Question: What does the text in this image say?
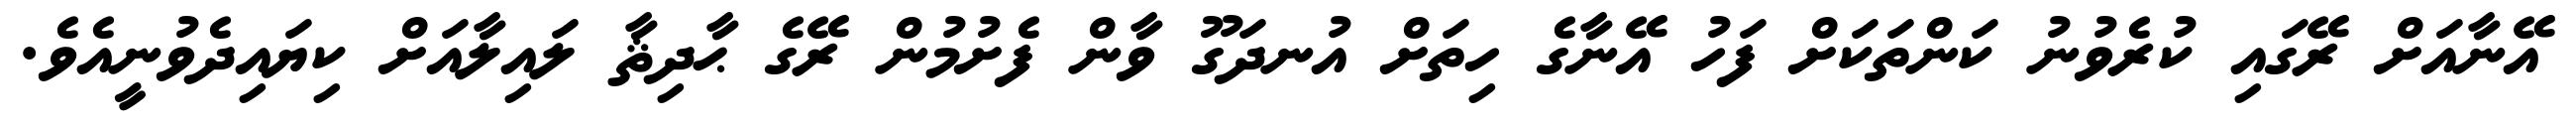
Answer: އޭނާއަށް ރޭގައި ކުރެވުނު ކަންތަކަށް ފަހު އޭނާގެ ހިތަށް އުނދަގޫ ވާން ފެށުމުން ރޭގެ ޙާދިޘާ ލައިލާއަށް ކިޔައިދެވުނީއެވެ.